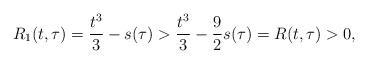
LaTeX: \begin{align*} R_1(t,\tau)=\frac{t^3}{3}-s(\tau)>\frac{t^3}{3}-\frac{9}{2}s(\tau)=R(t,\tau)>0,\, \end{align*}